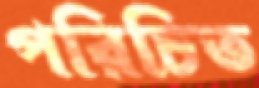
পরিচিত